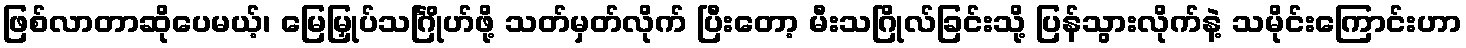
ဖြစ်လာတာဆိုပေမယ့်၊ မြေမြှုပ်သင်္ဂြိုဟ်ဖို့ သတ်မှတ်လိုက် ပြီးတော့ မီးသဂြိုလ်ခြင်းသို့ ပြန်သွားလိုက်နဲ့ သမိုင်းကြောင်းဟာ